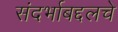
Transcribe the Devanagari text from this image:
संदर्भाबद्दलचे